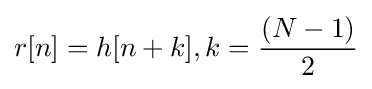
r[n]=h[n+k],k={\frac {(N-1)}{2}}